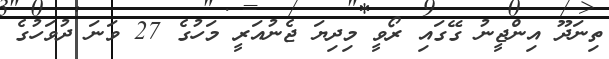
ތިނަދޫ އިންޖީނު ގޭގައި ރޯވީ މިދިޔަ ޖެނުއަރީ މަހުގެ 27 ވަނަ ދުވަހުގެ